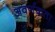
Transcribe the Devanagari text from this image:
अवर्णकता